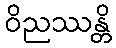
ဝိညဿန္တိ